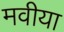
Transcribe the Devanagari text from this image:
मवीया